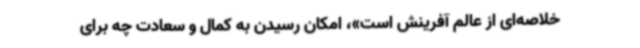
خلاصه‌ای از عالم آفرینش است»، امکان رسیدن به کمال و سعادت چه برای